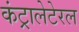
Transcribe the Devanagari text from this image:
कंट्रालेटेरल